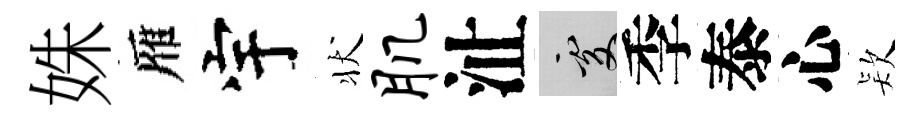
姝雁宇状肌沚處季泰心𣣇